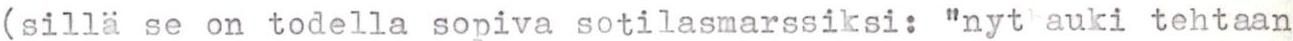
(sillä se on todella sopiva sotilasmarssiksi: "nyt auki tehtaan